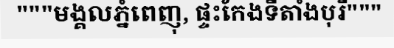
"""មង្គលភ្នំពេញុ, ផ្ទះកែងទីតាំងបុរី"""